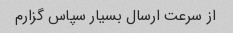
از سرعت ارسال بسیار سپاس گزارم